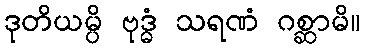
ဒုတိယမ္ပိ ဗုဒ္ဓံ သရဏံ ဂစ္ဆာမိ။